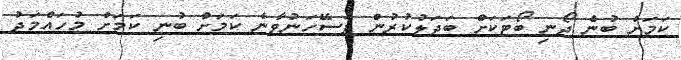
ކަމަށް ބުނެ ދޯނި ބޯޓަކަށް ބަދަލުކުރުން ފަސޭހަނުވާނެ ކަމަށް ބުނި ކަމަށް މުހައްމަދު